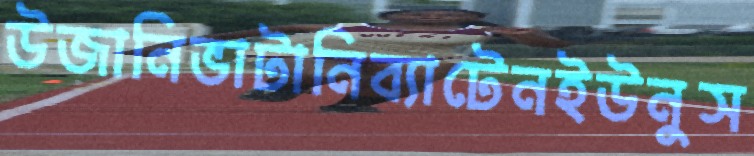
উজানিভাটানিব্যাটেনইউনুস